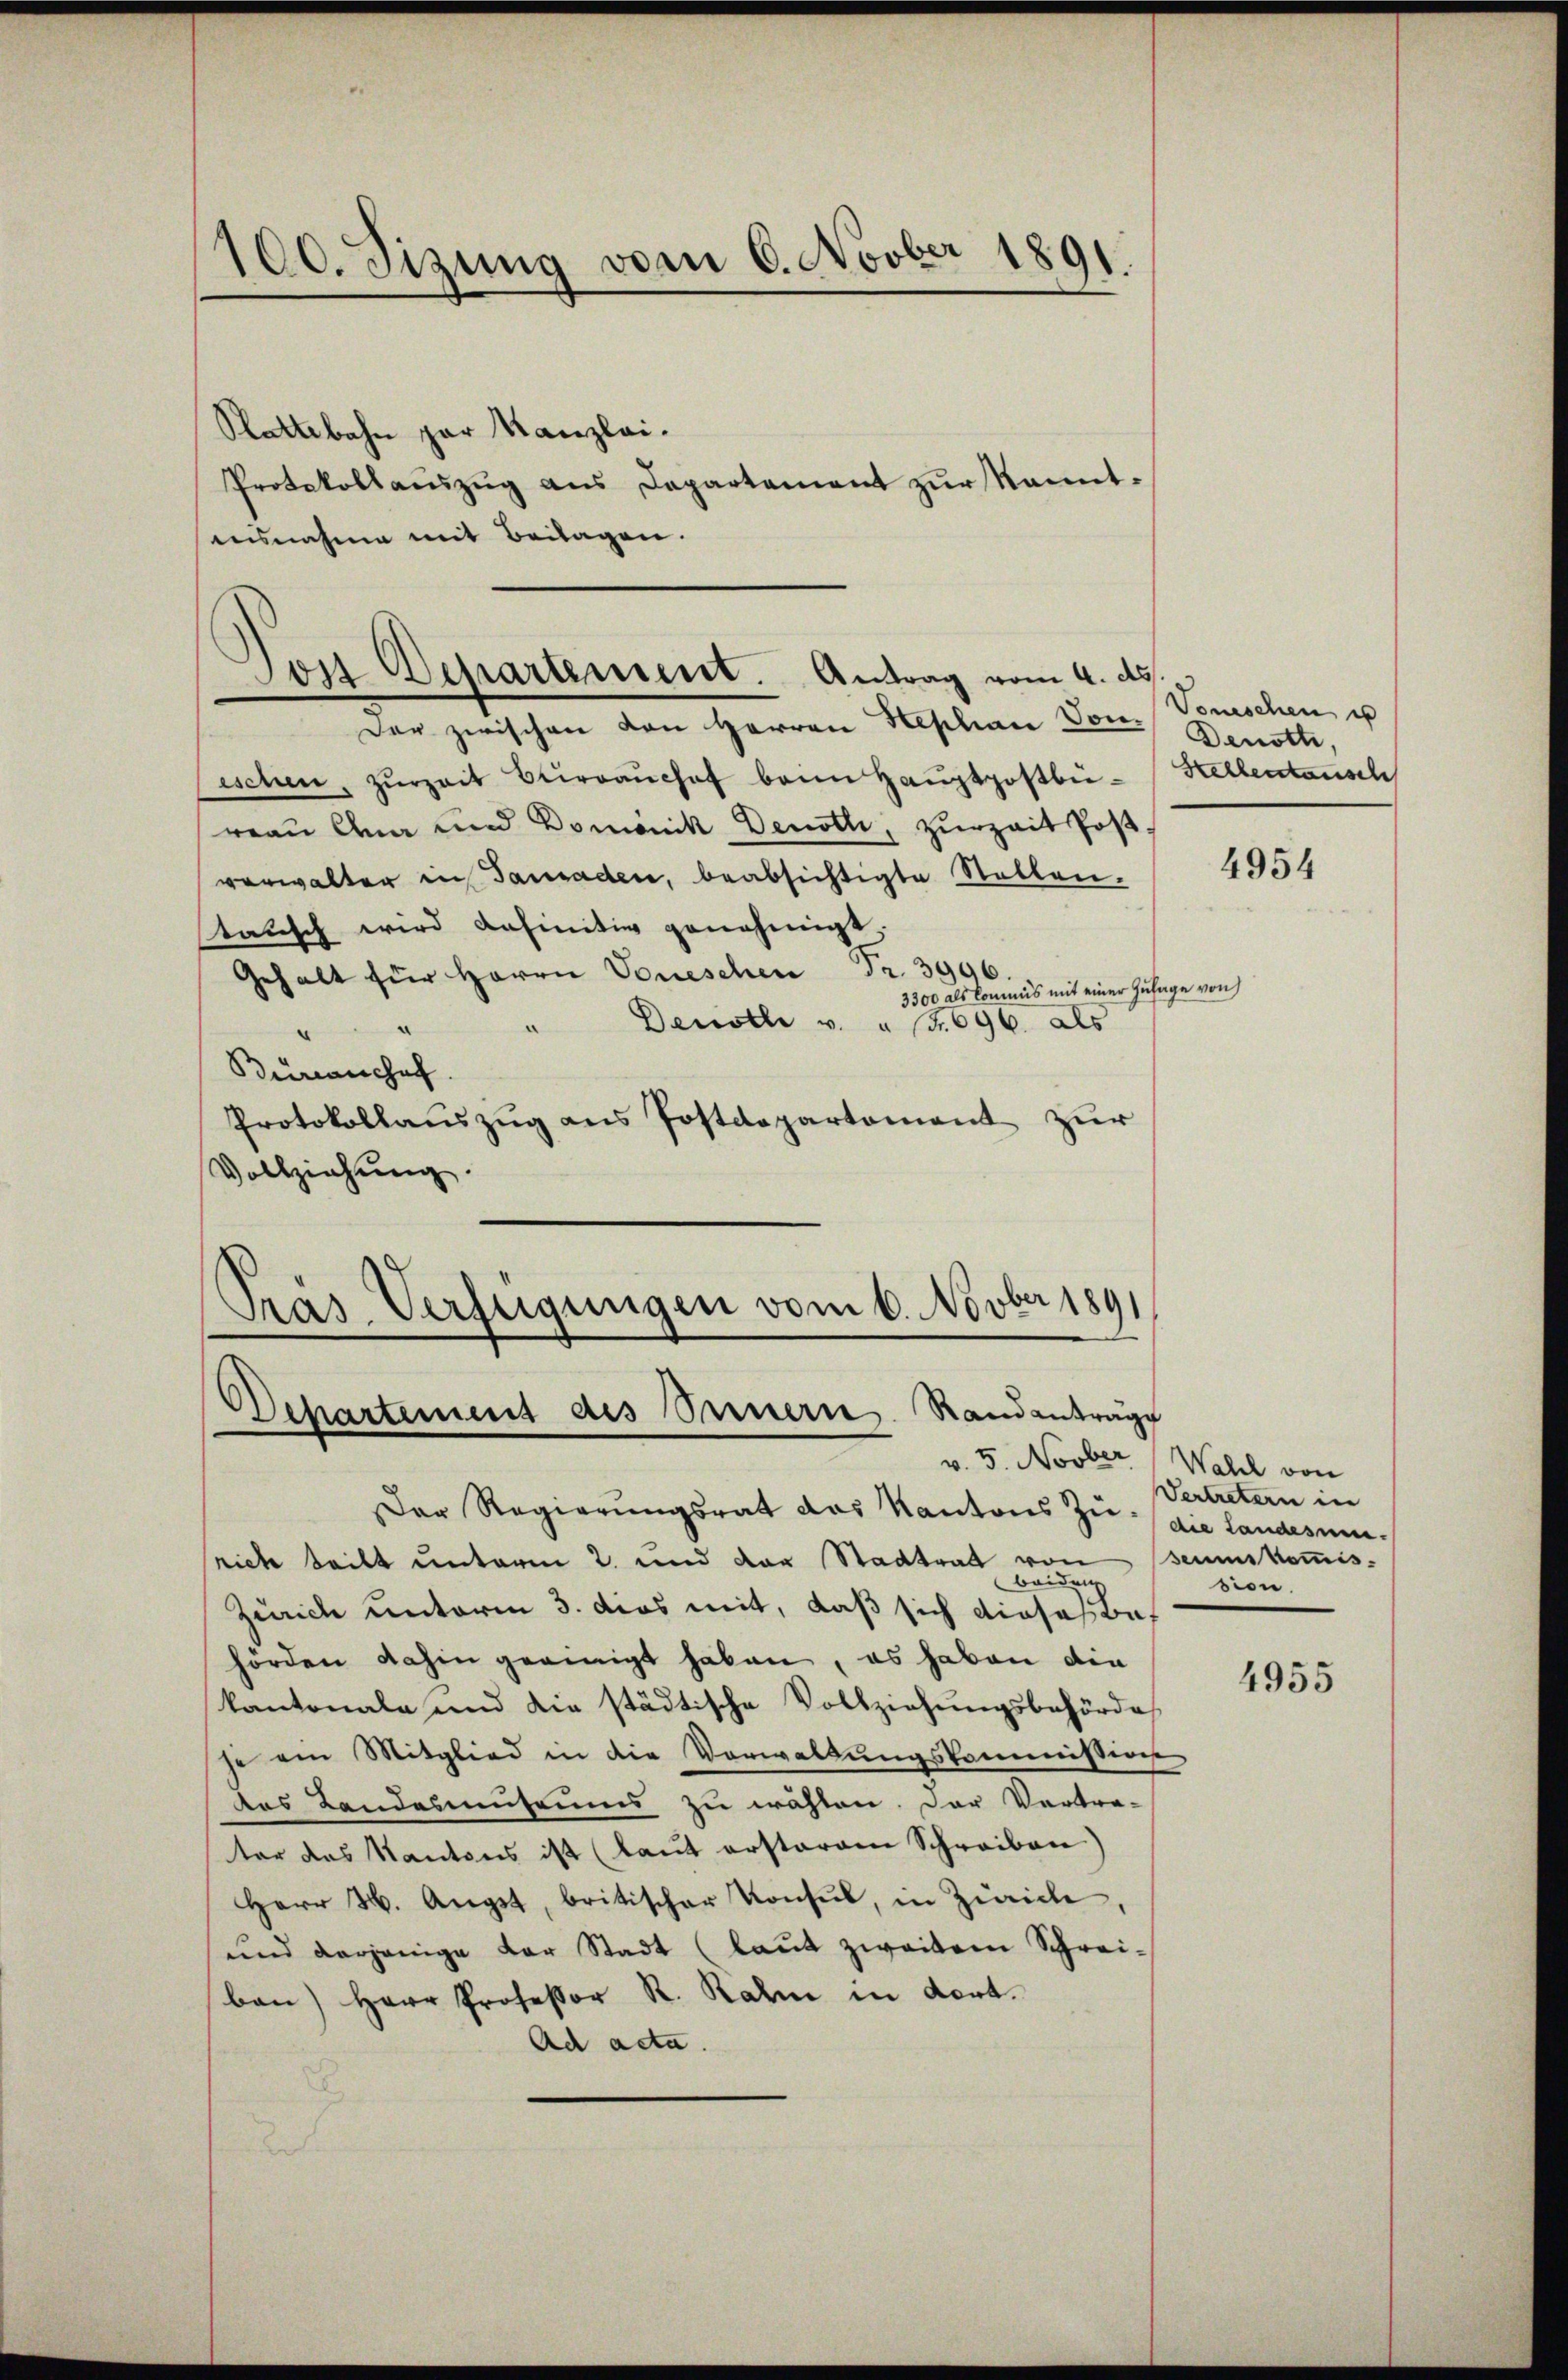
100. Sizung vom 6. Novber 1891.

Stattebahn par Kanzlei.
Protokollauszug aus Departement zur Naausnahme mit Beilagen.

Don Departement. Antrag vom 4. ds.

Der zwischen von Herren Stephan Ton. Denott,
eschen, zŭrzeit Birraŭchef beim Haŭptpostbü- Hellentausch
reau Anna und Domonik Denoth, Zurzait Postverwalter in Tausaden, beabsichtigte Stellen.
statisch wird definitiv genehmigt.
Gehalt für Herrn Voneschen Fr. 3996.
3300 als kommis mit einer Zulage von
Dewolle v. Fr. 696. als
Buranchef.
Protokollaŭszŭg ans Postdepartement zur
Vollziehung.
Pras Verfügungen vom 6. Novber 1891

.

Departement des Innern Standanträge
v. 5. Novber Wahl von

Vonischen u

Der Regierungsrat das Kantons Zu- / die Landesumrich teilt unterm 2. und der Stadtrat von seumskommis-
Zürich unterm 3. dies mit, daß sich dieses bes
hörden dahin geeinigt haben, es haben die
kantonale und die städtische Vollziehungsbehörde
je ain Mitglied in die Verwaltŭngskommission
das Landasmuseums zu wählen. Der Vertra-
ter das Kantons ist (laut ersteram Schreiben)
Herr H. Angst, britischer Konsul, in Zürich,
und derjenige der Stadt (laŭt zweitem Schreiben) Herr Professor R. Rahm in dort.
Ad acta.

4954

Vertretern in
sion.

4955